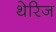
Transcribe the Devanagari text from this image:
थेरिज